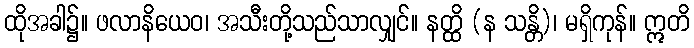
ထိုအခါ၌။ ဖလာနိယေဝ၊ အသီးတို့သည်သာလျှင်။ နတ္ထိ (န သန္တိ)၊ မရှိကုန်။ ဣတိ